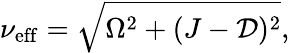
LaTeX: \nu_{\mathrm{eff}}=\sqrt{\Omega^{2}+(J-\mathcal{D})^{2}},